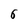
Character: 6